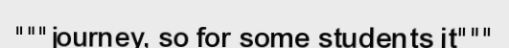
"""journey, so for some students it"""